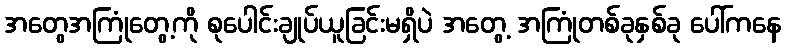
အတွေအကြုံတွေ့ကို စုပေါင်းချုပ်ယူခြင်းမရှိပဲ အတွေ့ အကြုံတစ်ခုနှစ်ခု ပေါ်ကနေ